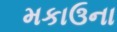
મકાઉના